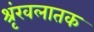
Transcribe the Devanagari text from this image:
श्रृंखलातक